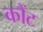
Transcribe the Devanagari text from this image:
कौंट